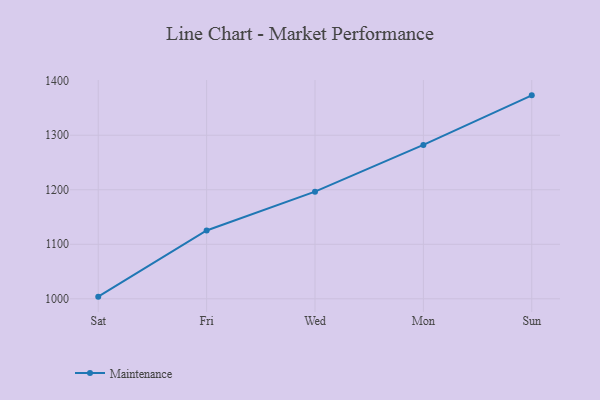
{"axis": {"x": "Day", "y": "Page Views"}, "legend": ["Maintenance"], "data": [{"x": "Sat", "y": 1003.9, "type": "Maintenance"}, {"x": "Fri", "y": 1125.3, "type": "Maintenance"}, {"x": "Wed", "y": 1196.5, "type": "Maintenance"}, {"x": "Mon", "y": 1282.2, "type": "Maintenance"}, {"x": "Sun", "y": 1373.2, "type": "Maintenance"}]}